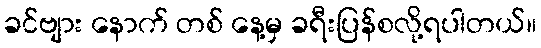
ခင်ဗျား နောက် တစ် နေ့မှ ခရီးပြန်စလို့ရပါတယ်။